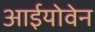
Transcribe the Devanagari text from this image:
आईयोवेन